system: You are a helpful assistant.
user:
Analyze the provided spectrum to determine if it is a **M-type Giant (gM)**.

A M-type Giant spectrum is defined by its **strong molecular absorption** features, particularly from **Titanium Oxide (TiO)**. You must check for one of the following mutually exclusive signatures:

- **Key Visual Indicators (Absorption-Dominated Spectrum):**

    - **(Primary):** The spectrum is dominated by strong molecular absorption from **Titanium Oxide (TiO)**. This is the **defining feature** of its M-type temperature class.
        - **(Key Bandheads):** Look for sharp, "saw-tooth" absorption valleys. The strongest are located near **~7050 Å**, **~6160 Å**, and **~5170 Å**.
        - **(Line Profile):** The "saw-tooth" morphology is critical: a **sharp, steep drop on the BLUE (short-wavelength) side** of the bandhead, followed by a gradual recovery (rising flux) towards the RED (long-wavelength) side.

    - **(Key Confirmation - Giant vs. Dwarf):** **ABSENCE** of strong **Calcium Hydride (CaH)** molecular bands. This is the primary diagnostic for *excluding* M-dwarfs.
        - **(Key Region):** The spectrum should lack the strong, broad absorption band seen in dwarfs between **~6800 Å and ~7000 Å**.

    - **(Secondary Confirmation - Giant):** A very strong and broad **Neutral Calcium (Ca I)** atomic absorption line.
        - **(Key Line):** Located at **~4226 Å**. In a giant (gM), this line is significantly deeper and broader than the same line in an M-dwarf (dM) due to low surface gravity.

    - **(Overall Spectrum):**
        - The continuum is **extremely red-sloping** (i.e., flux is very low in the blue and rises dramatically towards the red).
        - The entire spectrum appears "chopped up" by the deep TiO bands.

Think first, call **spectral_visualization_tool** if needed to examine features in detail, then provide your final answer. Your response must adhere to the following strict rules:
1.  **Overall Structure:** Your response must follow the format `<think>...</think> <tool_call>...</tool_call> (if a tool is used) <answer>...</answer>`.
2.  **Tool Usage Constraint:** You may only make **one** tool call per turn.
3.  **Final Answer Format:** In the `<answer>` tag, your conclusion must be inside a `\boxed{}` command (e.g., `\boxed{YES}` or `\boxed{NO}`), followed by your justification.

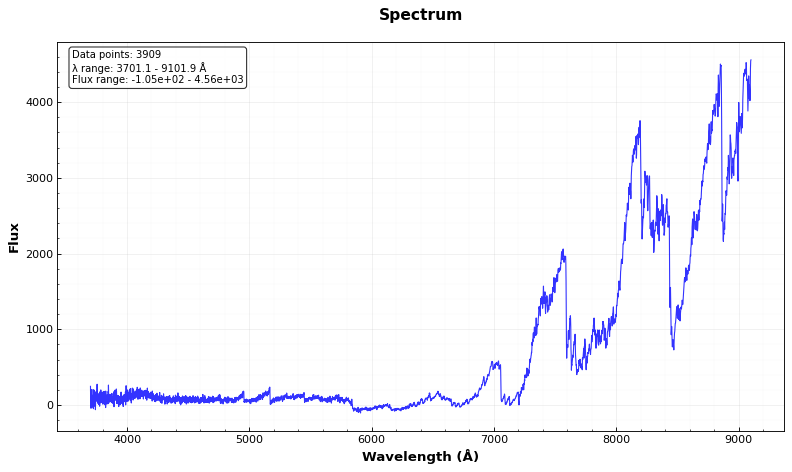
Answer: YES